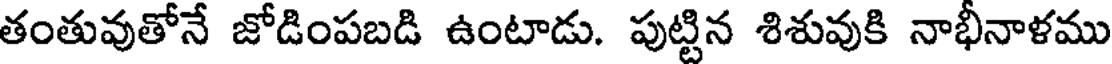
తంతువుతోనే జోడింపబడి ఉంటాడు. పుట్టిన శిశువుకి నాభీనాళము